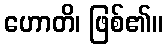
ဟောတိ၊ ဖြစ်၏။